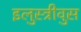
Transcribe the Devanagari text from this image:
इलुस्त्रीवुस